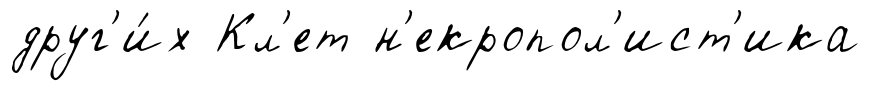
друг'и́х Кл'ет н'екропол'ист'ика